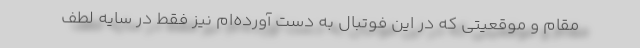
مقام و موقعیتی که در این فوتبال به دست‌ آورده‌ام نیز فقط در سایه لطف